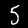
Label: 5